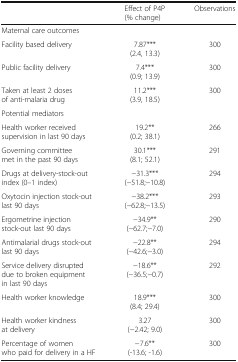
|  | Effect of P4P (% change) | Observations |
 | --- | --- | --- |
 | <COLSPAN=3> Maternal care outcomes |
 | Facility based delivery | 7.87***(2.4, 13.3) | 300 |
 | Public facility delivery | 7.4***(0.9; 13.9) | 300 |
 | Taken at least 2 doses of anti-malaria drug | 11.2***(3.9, 18.5) | 300 |
 | <COLSPAN=3> Potential mediators |
 | Health worker received supervision in last 90 days | 19.2**(0.2; 38.1) | 266 |
 | Governing committee met in the past 90 days | 30.1***(8.1; 52.1) | 291 |
 | Drugs at delivery-stock-out index (0–1 index) | −31.3***(−51.8;−10.8) | 294 |
 | Oxytocin injection stock-out last 90 days | −38.2***(−62.8;−13.5) | 293 |
 | Ergometrine injection stock-out last 90 days | −34.9**(−62.7;−7.0) | 290 |
 | Antimalarial drugs stock-out last 90 days | −22.8**(−42.6;−3.0) | 294 |
 | Service delivery disrupted due to broken equipment in last 90 days | −18.6**(−36.5;−0.7) | 292 |
 | Health worker knowledge | 18.9***(8.4; 29.4) | 300 |
 | Health worker kindness at delivery | 3.27(−2.42; 9.0) | 300 |
 | Percentage of women who paid for delivery in a HF | −7.6**(-13.6; -1.6) | 300 |